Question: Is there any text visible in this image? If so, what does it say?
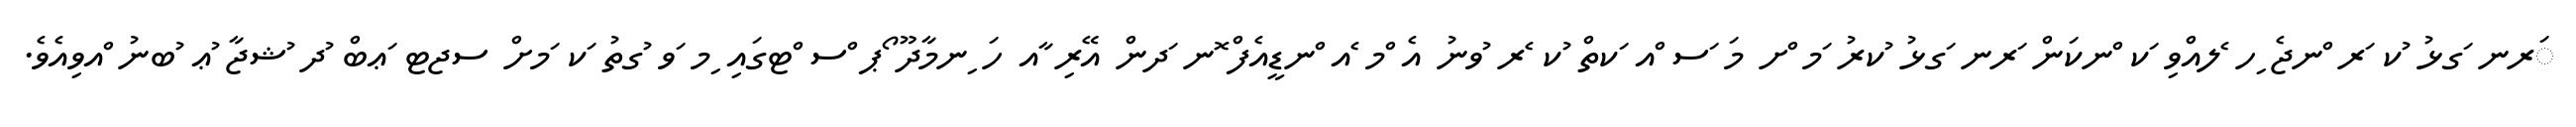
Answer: ަރނ ަގޅު ުކ ަރ ްނޖެ ިހ ެލއްވި ަކ ްނކަން ަރނ ަގޅު ުކރު ަމ ްށ މަ ަސ ްއ ަކތް ުކ ެރ ުވނު އެ ްމ ެއ ްނޑީއެފް ޮނ ަދން އޭރި ާއ ހަ ިނމާދޫ ޯޕ ްސ ްޓގައި ިމ ަވ ުގތު ަކ ަމށް ސޖޓ ަޢބް ުދ ުޝޖާ ުޢ ުބނު ްއވިއެވެ.